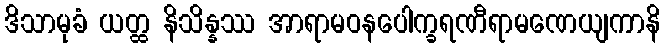
ဒိသာမုခံ ယတ္ထ နိသိန္နဿ အာရာမဝနပေါက္ခရဏီရာမဏေယျကာနိ